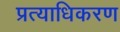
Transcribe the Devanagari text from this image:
प्रत्याधिकरण